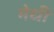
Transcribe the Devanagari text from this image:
मेधी